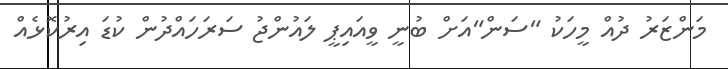
މަންޒަރު ދުއް މީހަކު "ސަން"އަށް ބުނީ ވީއައިޕީ ލައުންޖު ސަރަހައްދުން ކުޑަ އިރުކޮޅެއް